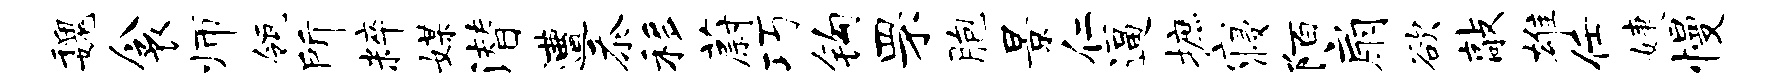
魏衾师瓴所粹媒潜遭忝移蔚巧钩罘胞景仁逼摭寝陌扇欲敲雄任婕慢